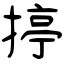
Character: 揨